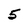
Character: 5